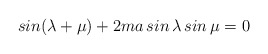
\begin{align*}sin(\lambda +\mu )+2ma\,sin\,\lambda \,sin\,\mu =0\end{align*}